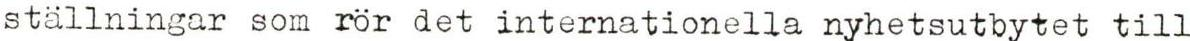
ställningar som rör det internationella nyhetsutbytet till